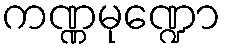
ကဏ္ဏမုဏ္ဍော